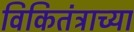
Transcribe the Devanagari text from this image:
विकितंत्राच्या